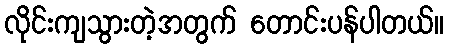
လိုင်းကျသွားတဲ့အတွက် တောင်းပန်ပါတယ်။